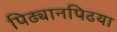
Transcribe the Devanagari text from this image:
पिढ्यानपिढया